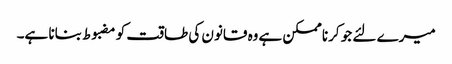
میرے لئے جو کرنا ممکن ہے وه قانون کی طاقت کو مضبوط بنانا ہے۔